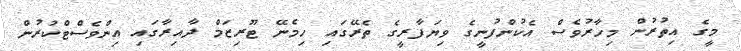
މީގެ އިތުރުން މިހާރުވެސް އެކުންފުނީގެ ވިޔަފާރީގެ ތެރޭގައި ހިމެނޭ ޓޫރިޒަމް ދާއިރާގައި އިންވެސްޓްކުރުން